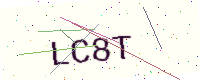
Text: LC8T